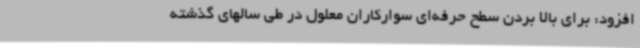
افزود: برای بالا بردن سطح حرفه‌ای سوارکاران معلول در طی سالهای گذشته